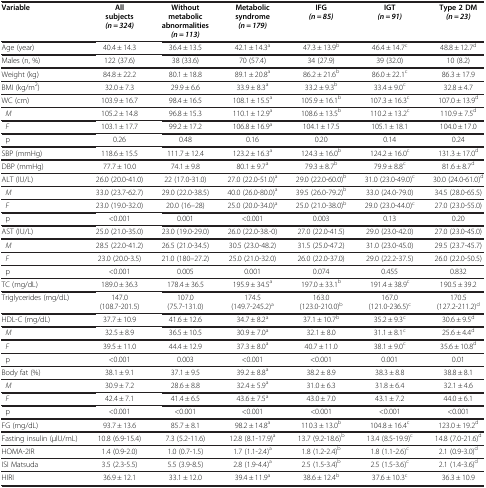
<table><thead><tr><td><b>Variable</b></td><td><b>All subjects <i>(n = 324)</i></b></td><td><b>Without metabolic abnormalities <i>(n = 113)</i></b></td><td><b>Metabolic syndrome <i>(n = 179)</i></b></td><td><b>IFG <i>(n = 85)</i></b></td><td><b>IGT <i>(n = 91)</i></b></td><td><b>Type 2 DM <i>(n = 23)</i></b></td></tr></thead><tbody><tr><td>Age (year)</td><td>40.4 ± 14.3</td><td>36.4 ± 13.5</td><td>42.1 ± 14.3<sup>a</sup></td><td>47.3 ± 13.9<sup>b</sup></td><td>46.4 ± 14.7<sup>c</sup></td><td>48.8 ± 12.7<sup>d</sup></td></tr><tr><td>Males (n, %)</td><td>122 (37.6)</td><td>38 (33.6)</td><td>70 (57.4)</td><td>34 (27.9)</td><td>39 (32.0)</td><td>10 (8.2)</td></tr><tr><td>Weight (kg)</td><td>84.8 ± 22.2</td><td>80.1 ± 18.8</td><td>89.1 ± 20.8<sup>a</sup></td><td>86.2 ± 21.6<sup>b</sup></td><td>86.0 ± 22.1<sup>c</sup></td><td>86.3 ± 17.9</td></tr><tr><td>BMI (kg/m<sup>2</sup>)</td><td>32.0 ± 7.3</td><td>29.9 ± 6.6</td><td>33.9 ± 8.3<sup>a</sup></td><td>33.2 ± 9.3<sup>b</sup></td><td>33.4 ± 9.0<sup>c</sup></td><td>32.8 ± 4.7</td></tr><tr><td>WC (cm)</td><td>103.9 ± 16.7</td><td>98.4 ± 16.5</td><td>108.1 ± 15.5<sup>a</sup></td><td>105.9 ± 16.1<sup>b</sup></td><td>107.3 ± 16.3<sup>c</sup></td><td>107.0 ± 13.9<sup>d</sup></td></tr><tr><td> <i>M</i></td><td>105.2 ± 14.8</td><td>96.8 ± 15.3</td><td>110.1 ± 12.9<sup>a</sup></td><td>108.6 ± 13.5<sup>b</sup></td><td>110.2 ± 13.2<sup>c</sup></td><td>110.9 ± 7.5<sup>d</sup></td></tr><tr><td> <i>F</i></td><td>103.1 ± 17.7</td><td>99.2 ± 17.2</td><td>106.8 ± 16.9<sup>a</sup></td><td>104.1 ± 17.5</td><td>105.1 ± 18.1</td><td>104.0 ± 17.0</td></tr><tr><td> p</td><td>0.26</td><td>0.48</td><td>0.16</td><td>0.20</td><td>0.14</td><td>0.24</td></tr><tr><td>SBP (mmHg)</td><td>118.6 ± 15.5</td><td>111.7 ± 12.4</td><td>123.2 ± 16.3<sup>a</sup></td><td>124.3 ± 16.0<sup>b</sup></td><td>124.2 ± 16.0<sup>c</sup></td><td>131.3 ± 17.0<sup>d</sup></td></tr><tr><td>DBP (mmHg)</td><td>77.7 ± 10.0</td><td>74.1 ± 9.8</td><td>80.1 ± 9.7<sup>a</sup></td><td>79.3 ± 8.7<sup>b</sup></td><td>79.9 ± 8.8<sup>c</sup></td><td>81.6 ± 8.7<sup>d</sup></td></tr><tr><td>ALT (IU/L)</td><td>26.0 (20.0-41.0)</td><td>22 (17.0-31.0)</td><td>27.0 (22.0-51.0)<sup>a</sup></td><td>29.0 (22.0-60.0)<sup>b</sup></td><td>31.0 (23.0-49.0)<sup>c</sup></td><td>30.0 (24.0-61.0)<sup>d</sup></td></tr><tr><td> <i>M</i></td><td>33.0 (23.7-62.7)</td><td>29.0 (22.0-38.5)</td><td>40.0 (26.0-80.0)<sup>a</sup></td><td>39.5 (26.0-79.2)<sup>b</sup></td><td>33.0 (24.0-79.0)</td><td>34.5 (28.0-65.5)</td></tr><tr><td> <i>F</i></td><td>23.0 (19.0-32.0)</td><td>20.0 (16–28)</td><td>25.0 (20.0-34.0)<sup>a</sup></td><td>25.0 (21.0-38.0)<sup>b</sup></td><td>29.0 (23.0-44.0)<sup>c</sup></td><td>27.0 (23.0-55.0)</td></tr><tr><td> p</td><td>&lt;0.001</td><td>0.001</td><td>&lt;0.001</td><td>0.003</td><td>0.13</td><td>0.20</td></tr><tr><td>AST (IU/L)</td><td>25.0 (21.0-35.0)</td><td>23.0 (19.0-29.0)</td><td>26.0 (22.0-38.-0)</td><td>27.0 (22.0-41.5)</td><td>29.0 (23.0-42.0)</td><td>27.0 (23.0-45.0)</td></tr><tr><td> <i>M</i></td><td>28.5 (22.0-41.2)</td><td>26.5 (21.0-34.5)</td><td>30.5 (23.0-48.2)</td><td>31.5 (25.0-47.2)</td><td>31.0 (23.0-45.0)</td><td>29.5 (23.7-45.7)</td></tr><tr><td> <i>F</i></td><td>23.0 (20.0-3.5)</td><td>21.0 (180–27.2)</td><td>25.0 (21.0-32.0)</td><td>26.0 (22.0-37.0)</td><td>29.0 (22.2-37.5)</td><td>26.0 (22.0-50.5)</td></tr><tr><td> p</td><td>&lt;0.001</td><td>0.005</td><td>0.001</td><td>0.074</td><td>0.455</td><td>0.832</td></tr><tr><td>TC (mg/dL)</td><td>189.0 ± 36.3</td><td>178.4 ± 36.5</td><td>195.9 ± 34.5<sup>a</sup></td><td>197.0 ± 33.1<sup>b</sup></td><td>191.4 ± 38.9<sup>c</sup></td><td>190.5 ± 39.2</td></tr><tr><td>Triglycerides (mg/dL)</td><td>147.0 (108.7-201.5)</td><td>107.0 (75.7-131.0)</td><td>174.5 (149.7-245.2)<sup>a</sup></td><td>163.0 (123.0-210.0)<sup>b</sup></td><td>167.0 (121.0-236.5)<sup>c</sup></td><td>170.5 (127.2-211.2)<sup>d</sup></td></tr><tr><td>HDL-C (mg/dL)</td><td>37.7 ± 10.9</td><td>41.6 ± 12.6</td><td>34.7 ± 8.2<sup>a</sup></td><td>37.1 ± 10.7<sup>b</sup></td><td>35.2 ± 9.3<sup>c</sup></td><td>30.6 ± 9.5<sup>d</sup></td></tr><tr><td> <i>M</i></td><td>32.5 ± 8.9</td><td>36.5 ± 10.5</td><td>30.9 ± 7.0<sup>a</sup></td><td>32.1 ± 8.0</td><td>31.1 ± 8.1<sup>c</sup></td><td>25.6 ± 4.4<sup>d</sup></td></tr><tr><td> <i>F</i></td><td>39.5 ± 11.0</td><td>44.4 ± 12.9</td><td>37.3 ± 8.0<sup>a</sup></td><td>40.7 ± 11.0</td><td>38.1 ± 9.0<sup>c</sup></td><td>35.6 ± 10.8<sup>d</sup></td></tr><tr><td> p</td><td>&lt;0.001</td><td>0.003</td><td>&lt;0.001</td><td>&lt;0.001</td><td>0.001</td><td>0.01</td></tr><tr><td>Body fat (%)</td><td>38.1 ± 9.1</td><td>37.1 ± 9.5</td><td>39.2 ± 8.8<sup>a</sup></td><td>38.2 ± 8.9</td><td>38.3 ± 8.8</td><td>38.8 ± 8.1</td></tr><tr><td> <i>M</i></td><td>30.9 ± 7.2</td><td>28.6 ± 8.8</td><td>32.4 ± 5.9<sup>a</sup></td><td>31.0 ± 6.3</td><td>31.8 ± 6.4</td><td>32.1 ± 4.6</td></tr><tr><td> <i>F</i></td><td>42.4 ± 7.1</td><td>41.4 ± 6.5</td><td>43.6 ± 7.5<sup>a</sup></td><td>43.0 ± 7.0</td><td>43.1 ± 7.2</td><td>44.0 ± 6.1</td></tr><tr><td> p</td><td>&lt;0.001</td><td>&lt;0.001</td><td>&lt;0.001</td><td>&lt;0.001</td><td>&lt;0.001</td><td>&lt;0.001</td></tr><tr><td>FG (mg/dL)</td><td>93.7 ± 13.6</td><td>85.7 ± 8.1</td><td>98.2 ± 14.8<sup>a</sup></td><td>110.3 ± 13.0<sup>b</sup></td><td>104.8 ± 16.4<sup>c</sup></td><td>123.0 ± 19.2<sup>d</sup></td></tr><tr><td>Fasting insulin (μlU/mL)</td><td>10.8 (6.9-15.4)</td><td>7.3 (5.2-11.6)</td><td>12.8 (8.1-17.9)<sup>a</sup></td><td>13.7 (9.2-18.6)<sup>b</sup></td><td>13.4 (8.5-19.9)<sup>c</sup></td><td>14.8 (7.0-21.6)<sup>d</sup></td></tr><tr><td>HOMA-2IR</td><td>1.4 (0.9-2.0)</td><td>1.0 (0.7-1.5)</td><td>1.7 (1.1-2.4)<sup>a</sup></td><td>1.8 (1.2-2.4)<sup>b</sup></td><td>1.8 (1.1-2.6)<sup>c</sup></td><td>2.1 (0.9-3.0)<sup>d</sup></td></tr><tr><td>ISI Matsuda</td><td>3.5 (2.3-5.5)</td><td>5.5 (3.9-8.5)</td><td>2.8 (1.9-4.4)<sup>a</sup></td><td>2.5 (1.5-3.4)<sup>b</sup></td><td>2.5 (1.5-3.6)<sup>c</sup></td><td>2.1 (1.4-3.6)<sup>d</sup></td></tr><tr><td>HIRI</td><td>36.9 ± 12.1</td><td>33.1 ± 12.0</td><td>39.4 ± 11.9<sup>a</sup></td><td>38.6 ± 12.4<sup>b</sup></td><td>37.6 ± 10.3<sup>c</sup></td><td>36.3 ± 10.9</td></tr></tbody></table>